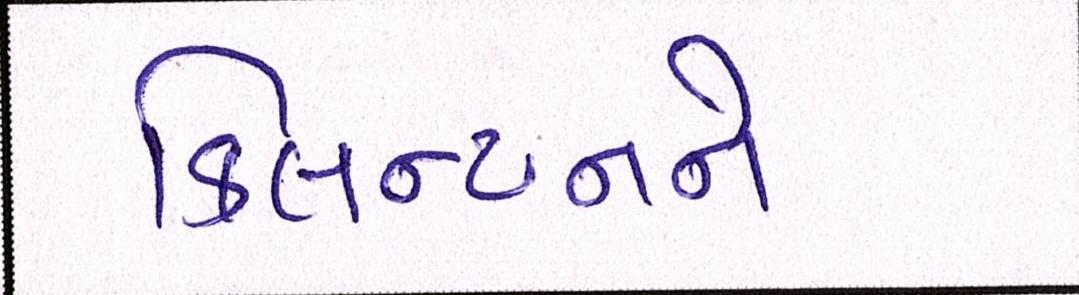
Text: ક્લિન્ટનને